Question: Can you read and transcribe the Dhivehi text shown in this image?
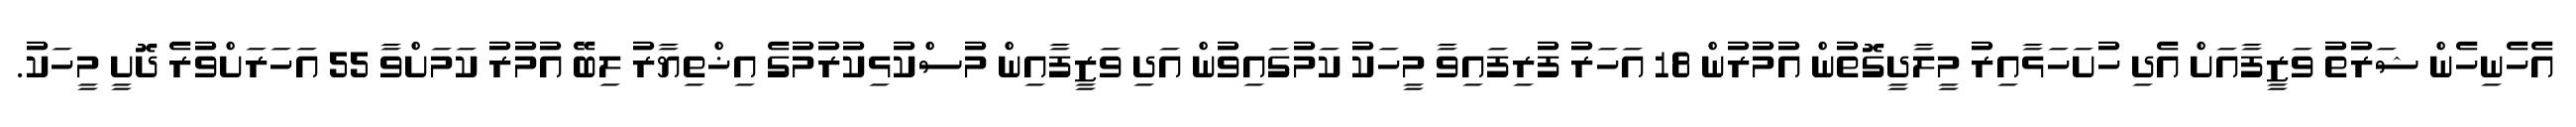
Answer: އެހެނިހެން ޝަރުތު ވަޒީފާއަށް އެދި ހުށަހަޅާއިރު މީލާދީގޮތުން އުމުރުން 18 އަހަރު ފުރިފައިވާ މީހަކު ކަމުގައިވުން އަދި ވަޒީފާއިން މުސްކުޅިކުރުމުގެ އިޚްތިޔާރު ލިބޭ އުމުރު ކަމަށްވާ 55 އަހަރަށްވުރެ ދޮށީ މީހަކު.